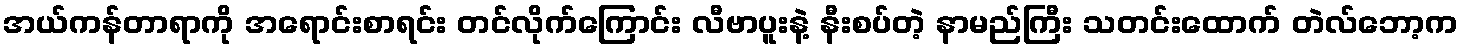
အယ်ကန်တာရာကို အရောင်းစာရင်း တင်လိုက်ကြောင်း လီဗာပူးနဲ့ နီးစပ်တဲ့ နာမည်ကြီး သတင်းထောက် တဲလ်ဘော့က